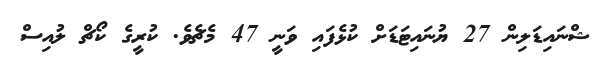
ޝްނައިޑަލިން 27 ޔުނައިޓަޑަށް ކުޅެފައި ވަނީ 47 މެޗެވެ. ކުރީގެ ކޯޗް ލުއިސް